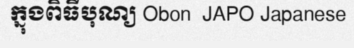
ក្នុងពិធីបុណ្យ Obon  JAPO Japanese